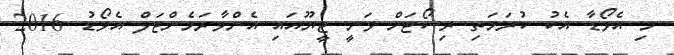
މި އެވޯޑާ އެކު ކުރަމަތި ރިސޯޓަށް ވަނީ ޓީޔޫއައި އެންވާރަމެންޓަލް އެވޯޑު 2016